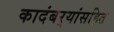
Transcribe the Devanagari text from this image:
कादंबर्‍यांसहित